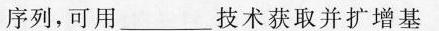
序列，可用___技术获取并扩增基